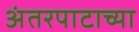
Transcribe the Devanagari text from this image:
अंतरपाटाच्या